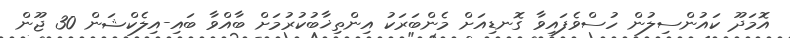
އޮމަދޫ ކައުންސިލުން ހުސްވެފައިވާ ގޮނޑިއަށް މެންބަރަކު އިންތިޚާބުކުރުމަށް ބާއްވާ ބައި-އިލެކްޝަން 30 ޖޫން